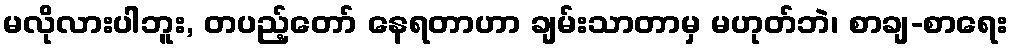
မလိုလားပါဘူး, တပည့်တော် နေရတာဟာ ချမ်းသာတာမှ မဟုတ်ဘဲ၊ စာချ-စာရေး